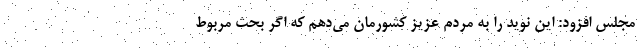
مجلس افزود: این نوید را به مردم عزیز کشورمان می‌دهم که اگر بحث مربوط